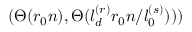
( \Theta ( r _ { 0 } n ) , \Theta ( l _ { d } ^ { ( r ) } r _ { 0 } n / l _ { 0 } ^ { ( s ) } ) ) )